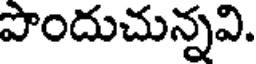
పొందుచున్నవి.